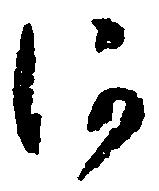
河